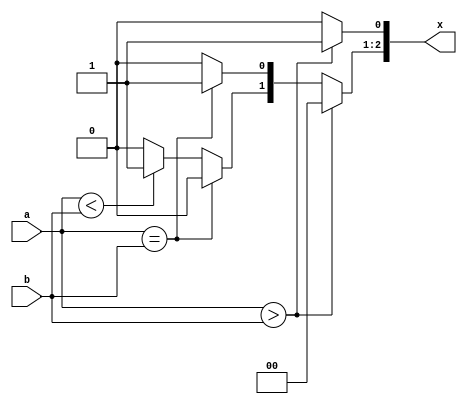
`timescale 1ns / 1ps
//////////////////////////////////////////////////////////////////////////////////
// Company: 
// Engineer: 
// 
// Design Name: 
// Module Name: sas
// Project Name: 
// Target Devices: 
// Tool Versions: 
// Description: 
// 
// Dependencies: 
// 
// Revision:
// Revision 0.01 - File Created
// Additional Comments:
// 
//////////////////////////////////////////////////////////////////////////////////


module sas(
    input [3:0] a,
    input [3:0] b,
    output reg [2:0] x
    );
    always@(a,b,x)
    begin
    x=3'b000;
    if(a>b)
     x[0]=1;
    else if(a==b)
     x[1]=1;
    else if(a<b)
     x[2]=1;
    end   
endmodule